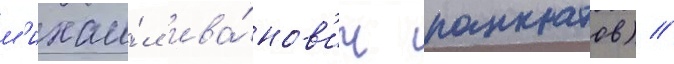
м'ихаи́л ива́нов'ич панкратов) //